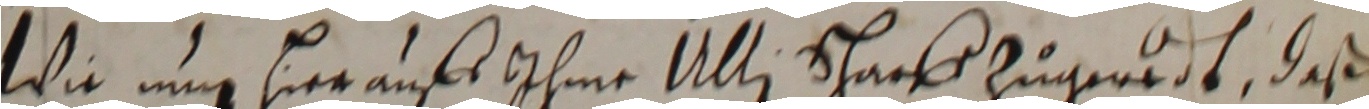
Wie nug sier auf ihme Ulli Schack zu genedt, daß